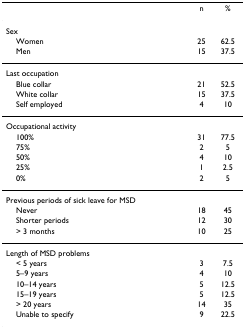
<table><thead><tr><td></td><td><b>n</b></td><td><b>%</b></td></tr></thead><tbody><tr><td>Sex</td><td></td><td></td></tr><tr><td> Women</td><td>25</td><td>62.5</td></tr><tr><td> Men</td><td>15</td><td>37.5</td></tr><tr><td>Last occupation</td><td></td><td></td></tr><tr><td> Blue collar</td><td>21</td><td>52.5</td></tr><tr><td> White collar</td><td>15</td><td>37.5</td></tr><tr><td> Self employed</td><td>4</td><td>10</td></tr><tr><td>Occupational activity</td><td></td><td></td></tr><tr><td> 100%</td><td>31</td><td>77.5</td></tr><tr><td> 75%</td><td>2</td><td>5</td></tr><tr><td> 50%</td><td>4</td><td>10</td></tr><tr><td> 25%</td><td>1</td><td>2.5</td></tr><tr><td> 0%</td><td>2</td><td>5</td></tr><tr><td>Previous periods of sick leave for MSD</td><td></td><td></td></tr><tr><td> Never</td><td>18</td><td>45</td></tr><tr><td> Shorter periods</td><td>12</td><td>30</td></tr><tr><td> &gt; 3 months</td><td>10</td><td>25</td></tr><tr><td>Length of MSD problems</td><td></td><td></td></tr><tr><td> &lt; 5 years</td><td>3</td><td>7.5</td></tr><tr><td> 5–9 years</td><td>4</td><td>10</td></tr><tr><td> 10–14 years</td><td>5</td><td>12.5</td></tr><tr><td> 15–19 years</td><td>5</td><td>12.5</td></tr><tr><td> &gt; 20 years</td><td>14</td><td>35</td></tr><tr><td> Unable to specify</td><td>9</td><td>22.5</td></tr></tbody></table>